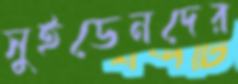
সুইডেনদের